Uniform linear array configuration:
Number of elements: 64
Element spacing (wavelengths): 0.75
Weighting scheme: hamming
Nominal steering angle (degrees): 30
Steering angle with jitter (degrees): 28.143
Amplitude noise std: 0.05
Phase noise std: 0.05

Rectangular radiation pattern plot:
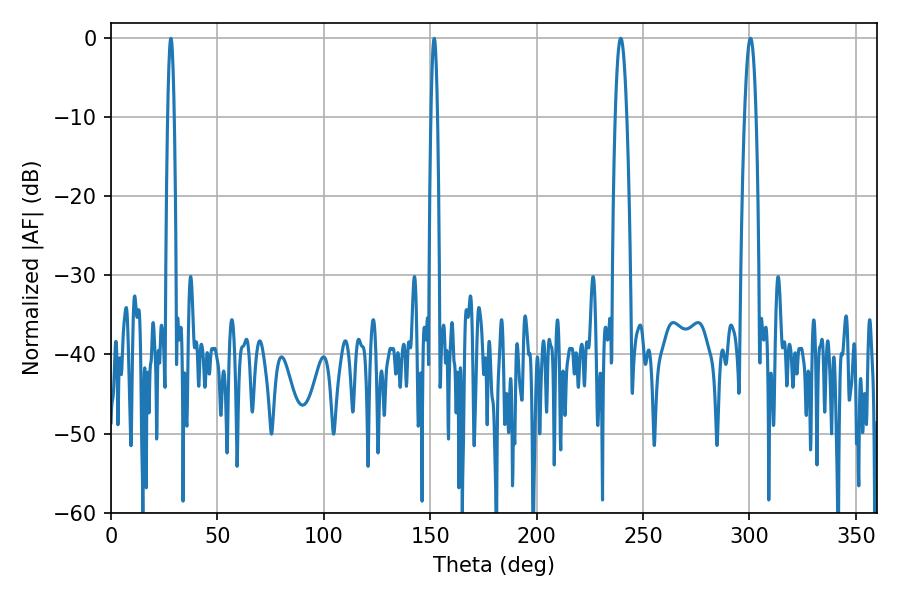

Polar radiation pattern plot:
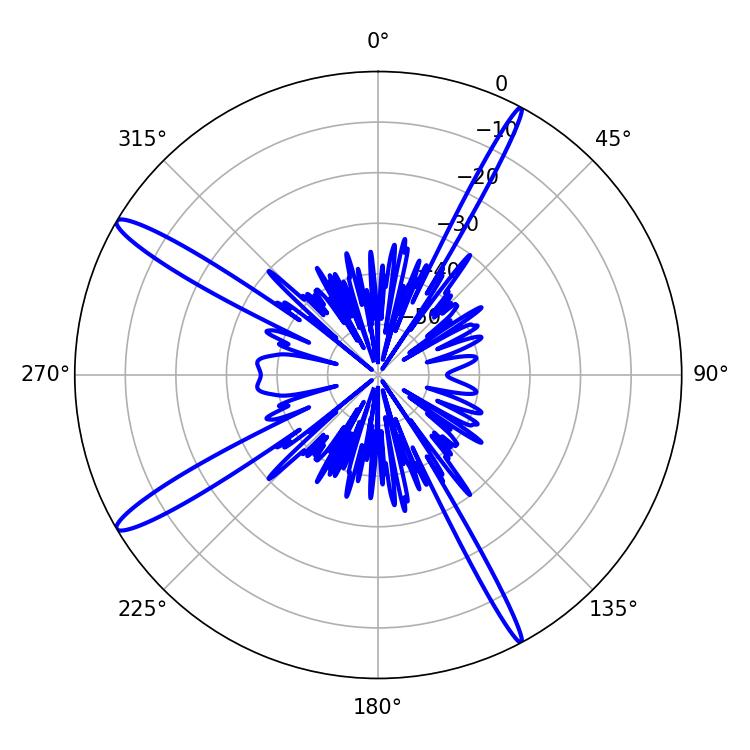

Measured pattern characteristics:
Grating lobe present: TRUE
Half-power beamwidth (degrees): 2.88
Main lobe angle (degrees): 300.42